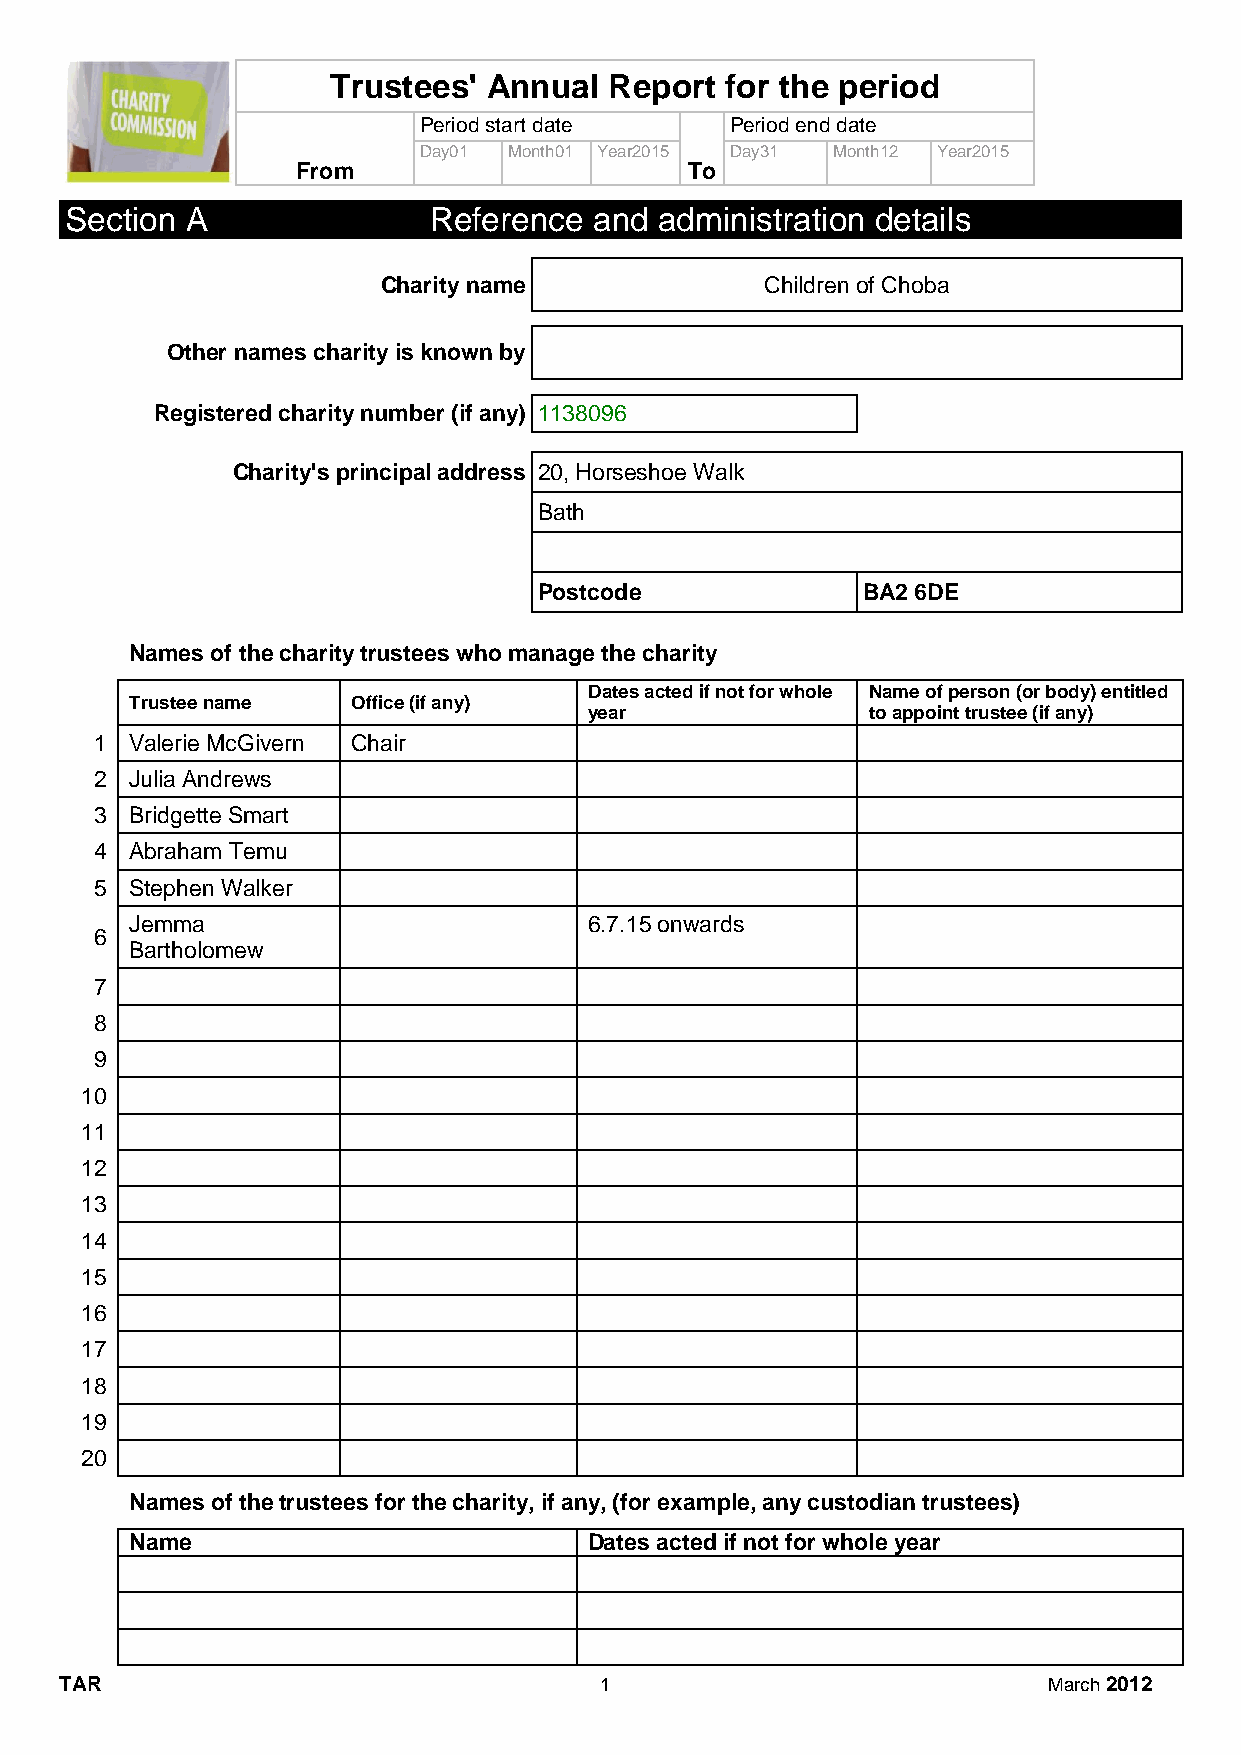
Trustees' Annual  Report  for the period
 Period start date   Period end date
 Day01 Month01 Year2015 Day31 Month12 Year2015
 From                      To
 Section A               Reference  and  administration details
 Charity name              Children of Choba
 Other names charity is known by
 Registered charity number (if any) 1138096
 Charity's principal address 20, Horseshoe Walk
 Bath
 Postcode             BA2 6DE
 Names of the charity trustees who manage the charity
 Dates acted if not for whole Name of person (or body) entitled
 Trustee name  Office (if any)
 year              to appoint trustee (if any)
 1  Valerie McGivern Chair
 2  Julia Andrews
 3  Bridgette Smart
 4  Abraham Temu
 5  Stephen Walker
 Jemma                         6.7.15 onwards
 6
 Bartholomew
 7
 8
 9
 10
 11
 12
 13
 14
 15
 16
 17
 18
 19
 20
 Names of the trustees for the charity, if any, (for example, any custodian trustees)
 Name                          Dates acted if not for whole year
 TAR                                 1                            March 2012